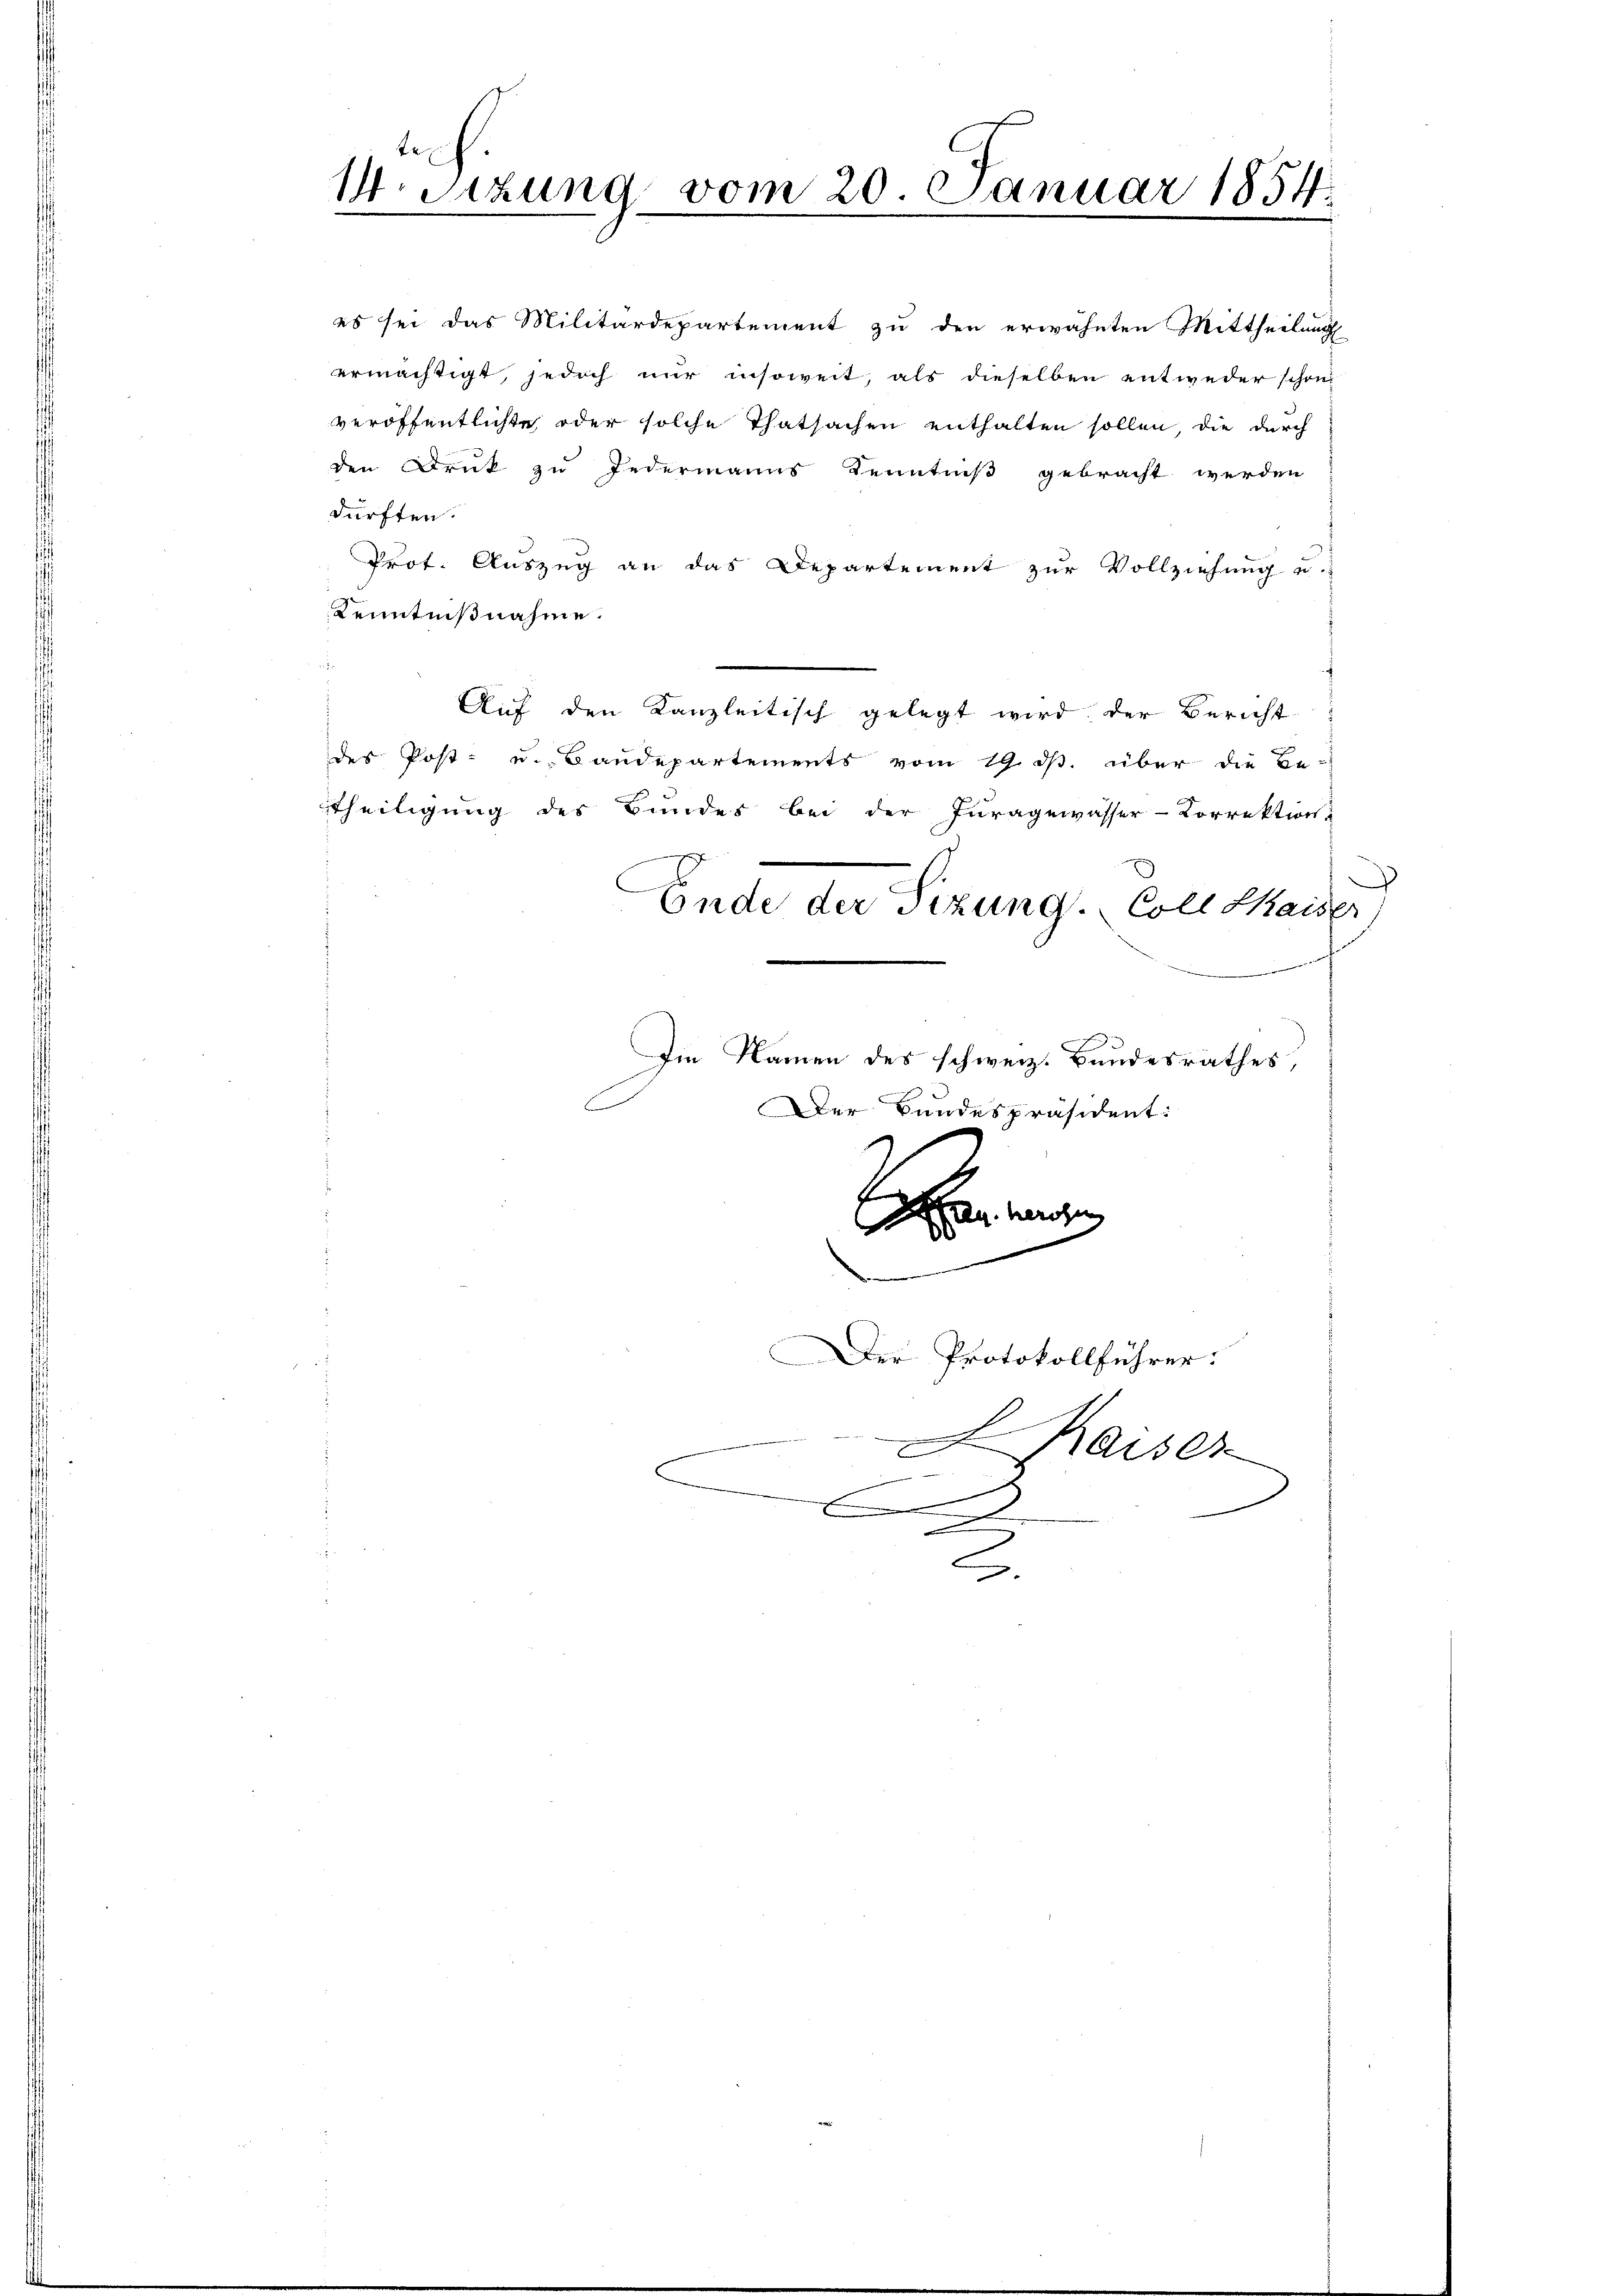
V Sizung vom 20. Januar 1854.

dürften.
Kenntnißnahme.
des Post- u. Baudepartements vom 19. ds. über die Be-
Theiligung des Bundes bei der Juragewässer-Correktion,
Iie Namen des schweiz. Bundesrathes,
E
Der Bundespräsident:
2
Man herigen
0
.
Der Protokollführer:
Kaiser
A
C

es sei das Militärdepartement zu den erwähnten Mittheilung
ermächtigt, jedoch nur insoweit, als dieselben entweder schon
veröffentlichte oder solche Thatsachen enthalten sollen, die durch
den Druk zu Jedermanns Kenntniß gebracht werden
Prot. Auszug an das Departement zur Vollziehung u.
Auf den Kanzleitisch gelegt wird der Bericht

Ende der Sitzung. Coll Kaiser